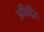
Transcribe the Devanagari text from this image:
अछिद्रित